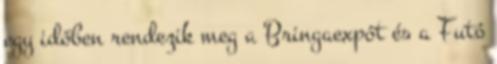
egy időben rendezik meg a Bringaexpót és a Futó